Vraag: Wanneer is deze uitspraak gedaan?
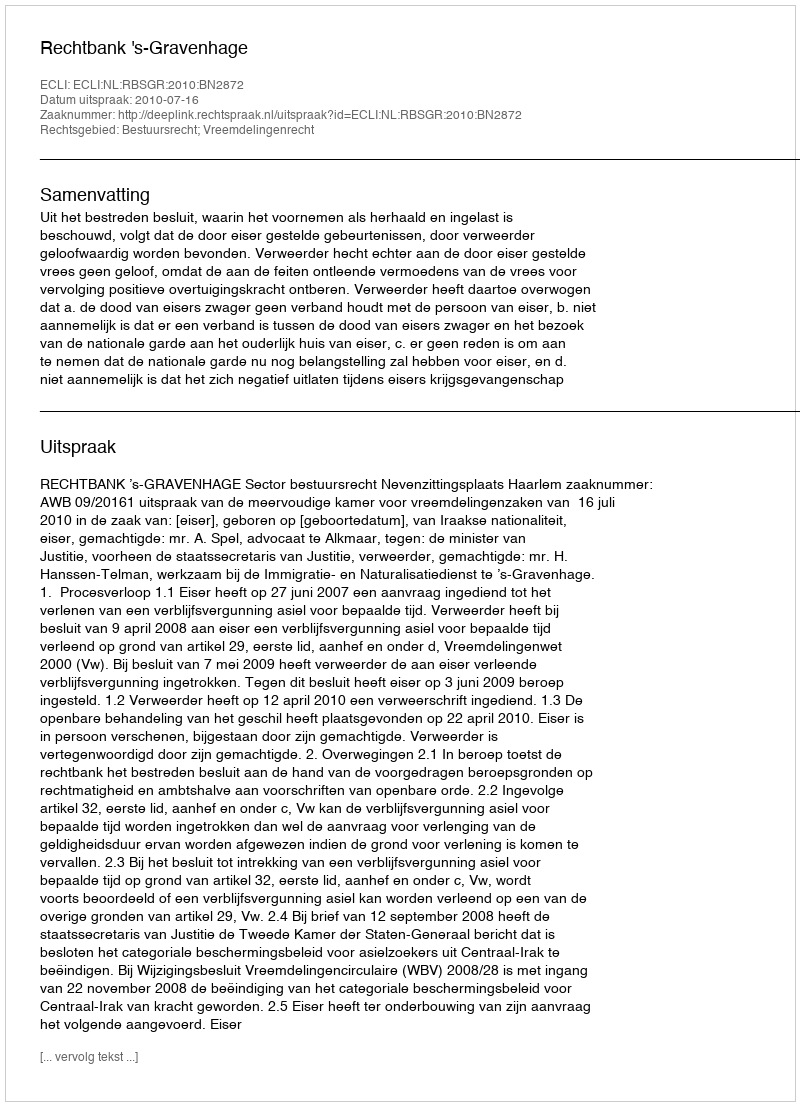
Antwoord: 2010-07-16